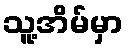
သူ့အိမ်မှာ